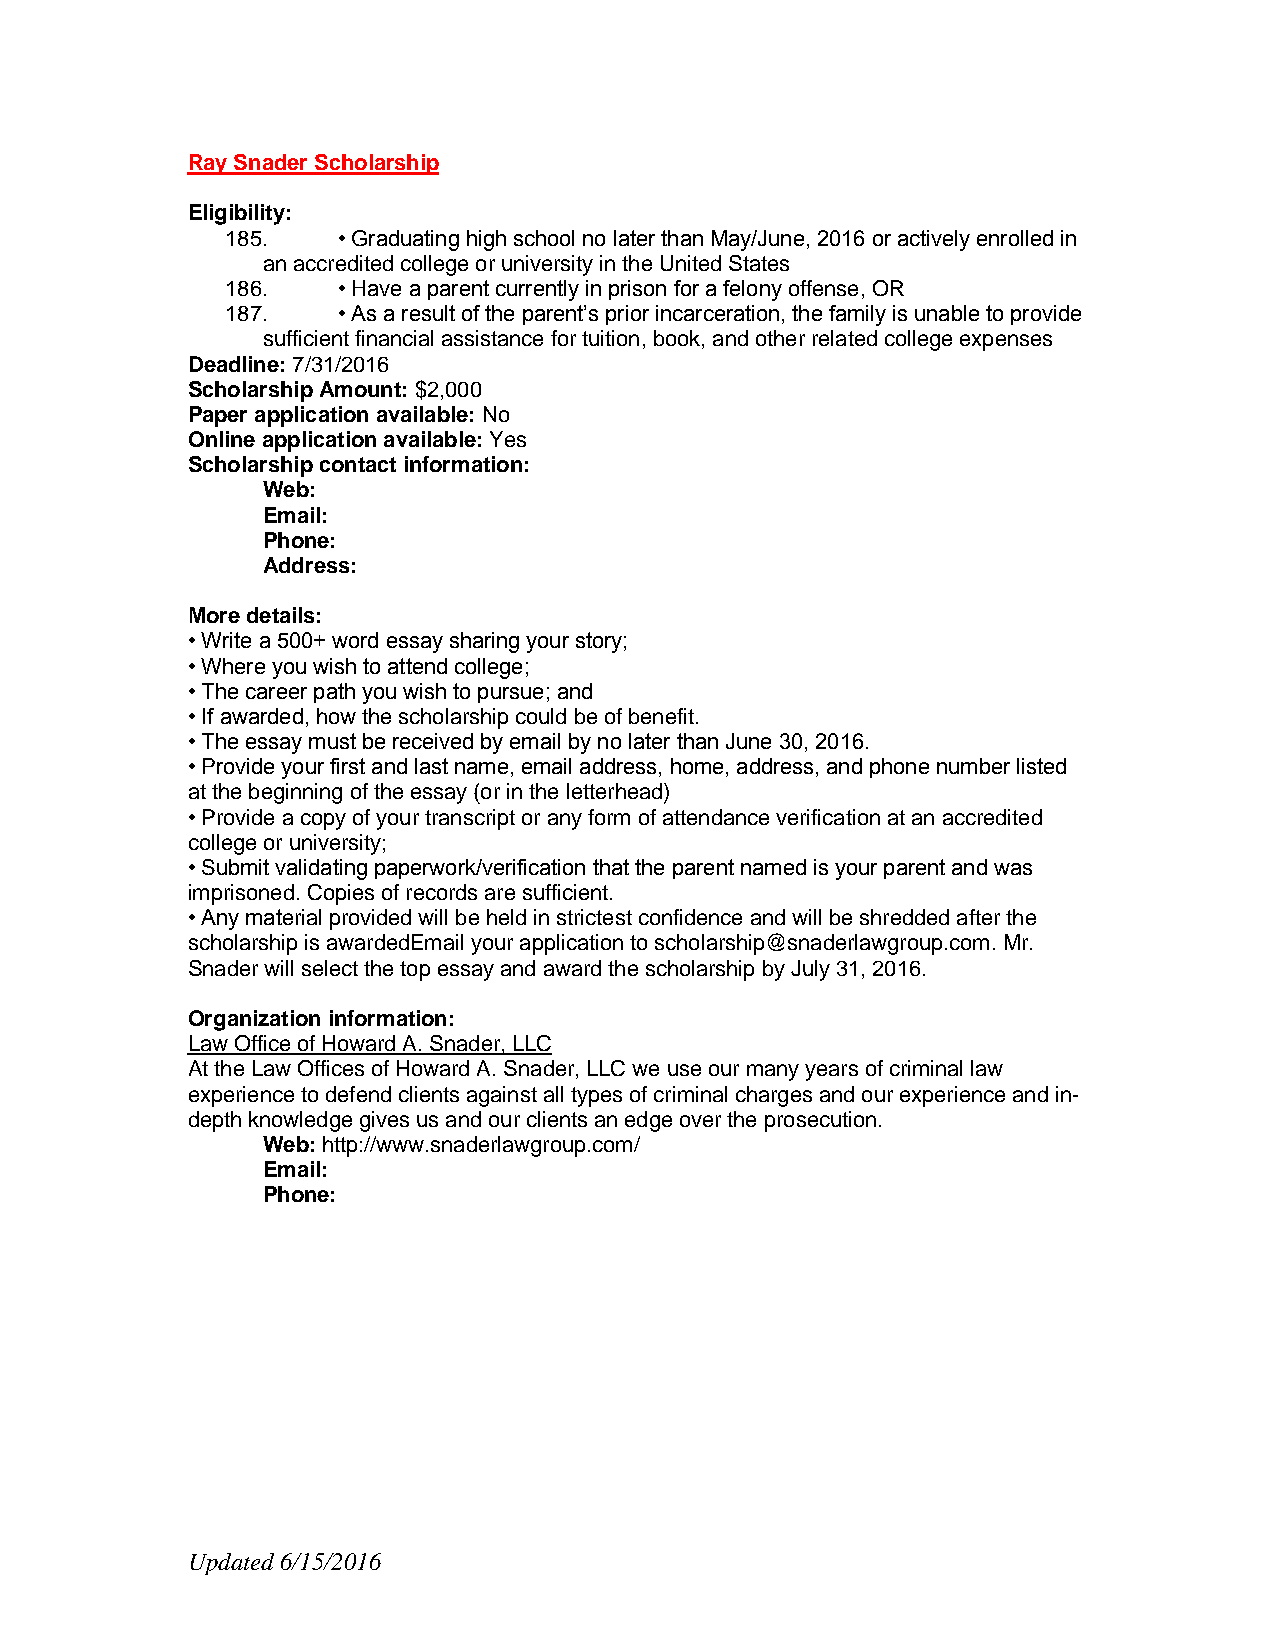
Ray Snader Scholarship
 Eligibility:
 185.   • Graduating high school no later than May/June, 2016 or actively enrolled in
 an accredited college or university in the United States
 186.   • Have a parent currently in prison for a felony offense, OR
 187.   • As a result of the parent’s prior incarceration, the family is unable to provide
 sufficient financial assistance for tuition, book, and other related college expenses
 Deadline: 7/31/2016
 Scholarship Amount: $2,000
 Paper application available: No
 Online application available: Yes
 Scholarship contact information:
 Web:
 Email:
 Phone:
 Address:
 More details:
 • Write a 500+ word essay sharing your story;
 • Where you wish to attend college;
 • The career path you wish to pursue; and
 • If awarded, how the scholarship could be of benefit.
 • The essay must be received by email by no later than June 30, 2016.
 • Provide your first and last name, email address, home, address, and phone number listed
 at the beginning of the essay (or in the letterhead)
 • Provide a copy of your transcript or any form of attendance verification at an accredited
 college or university;
 • Submit validating paperwork/verification that the parent named is your parent and was
 imprisoned. Copies of records are sufficient.
 • Any material provided will be held in strictest confidence and will be shredded after the
 scholarship is awardedEmail your application to scholarship@snaderlawgroup.com. Mr.
 Snader will select the top essay and award the scholarship by July 31, 2016.
 Organization information:
 Law Office of Howard A. Snader, LLC
 At the Law Offices of Howard A. Snader, LLC we use our many years of criminal law
 experience to defend clients against all types of criminal charges and our experience and in-
 depth knowledge gives us and our clients an edge over the prosecution.
 Web: http://www.snaderlawgroup.com/
 Email:
 Phone:
 Updated 6/15/2016